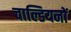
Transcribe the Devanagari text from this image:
चाल्डियनों